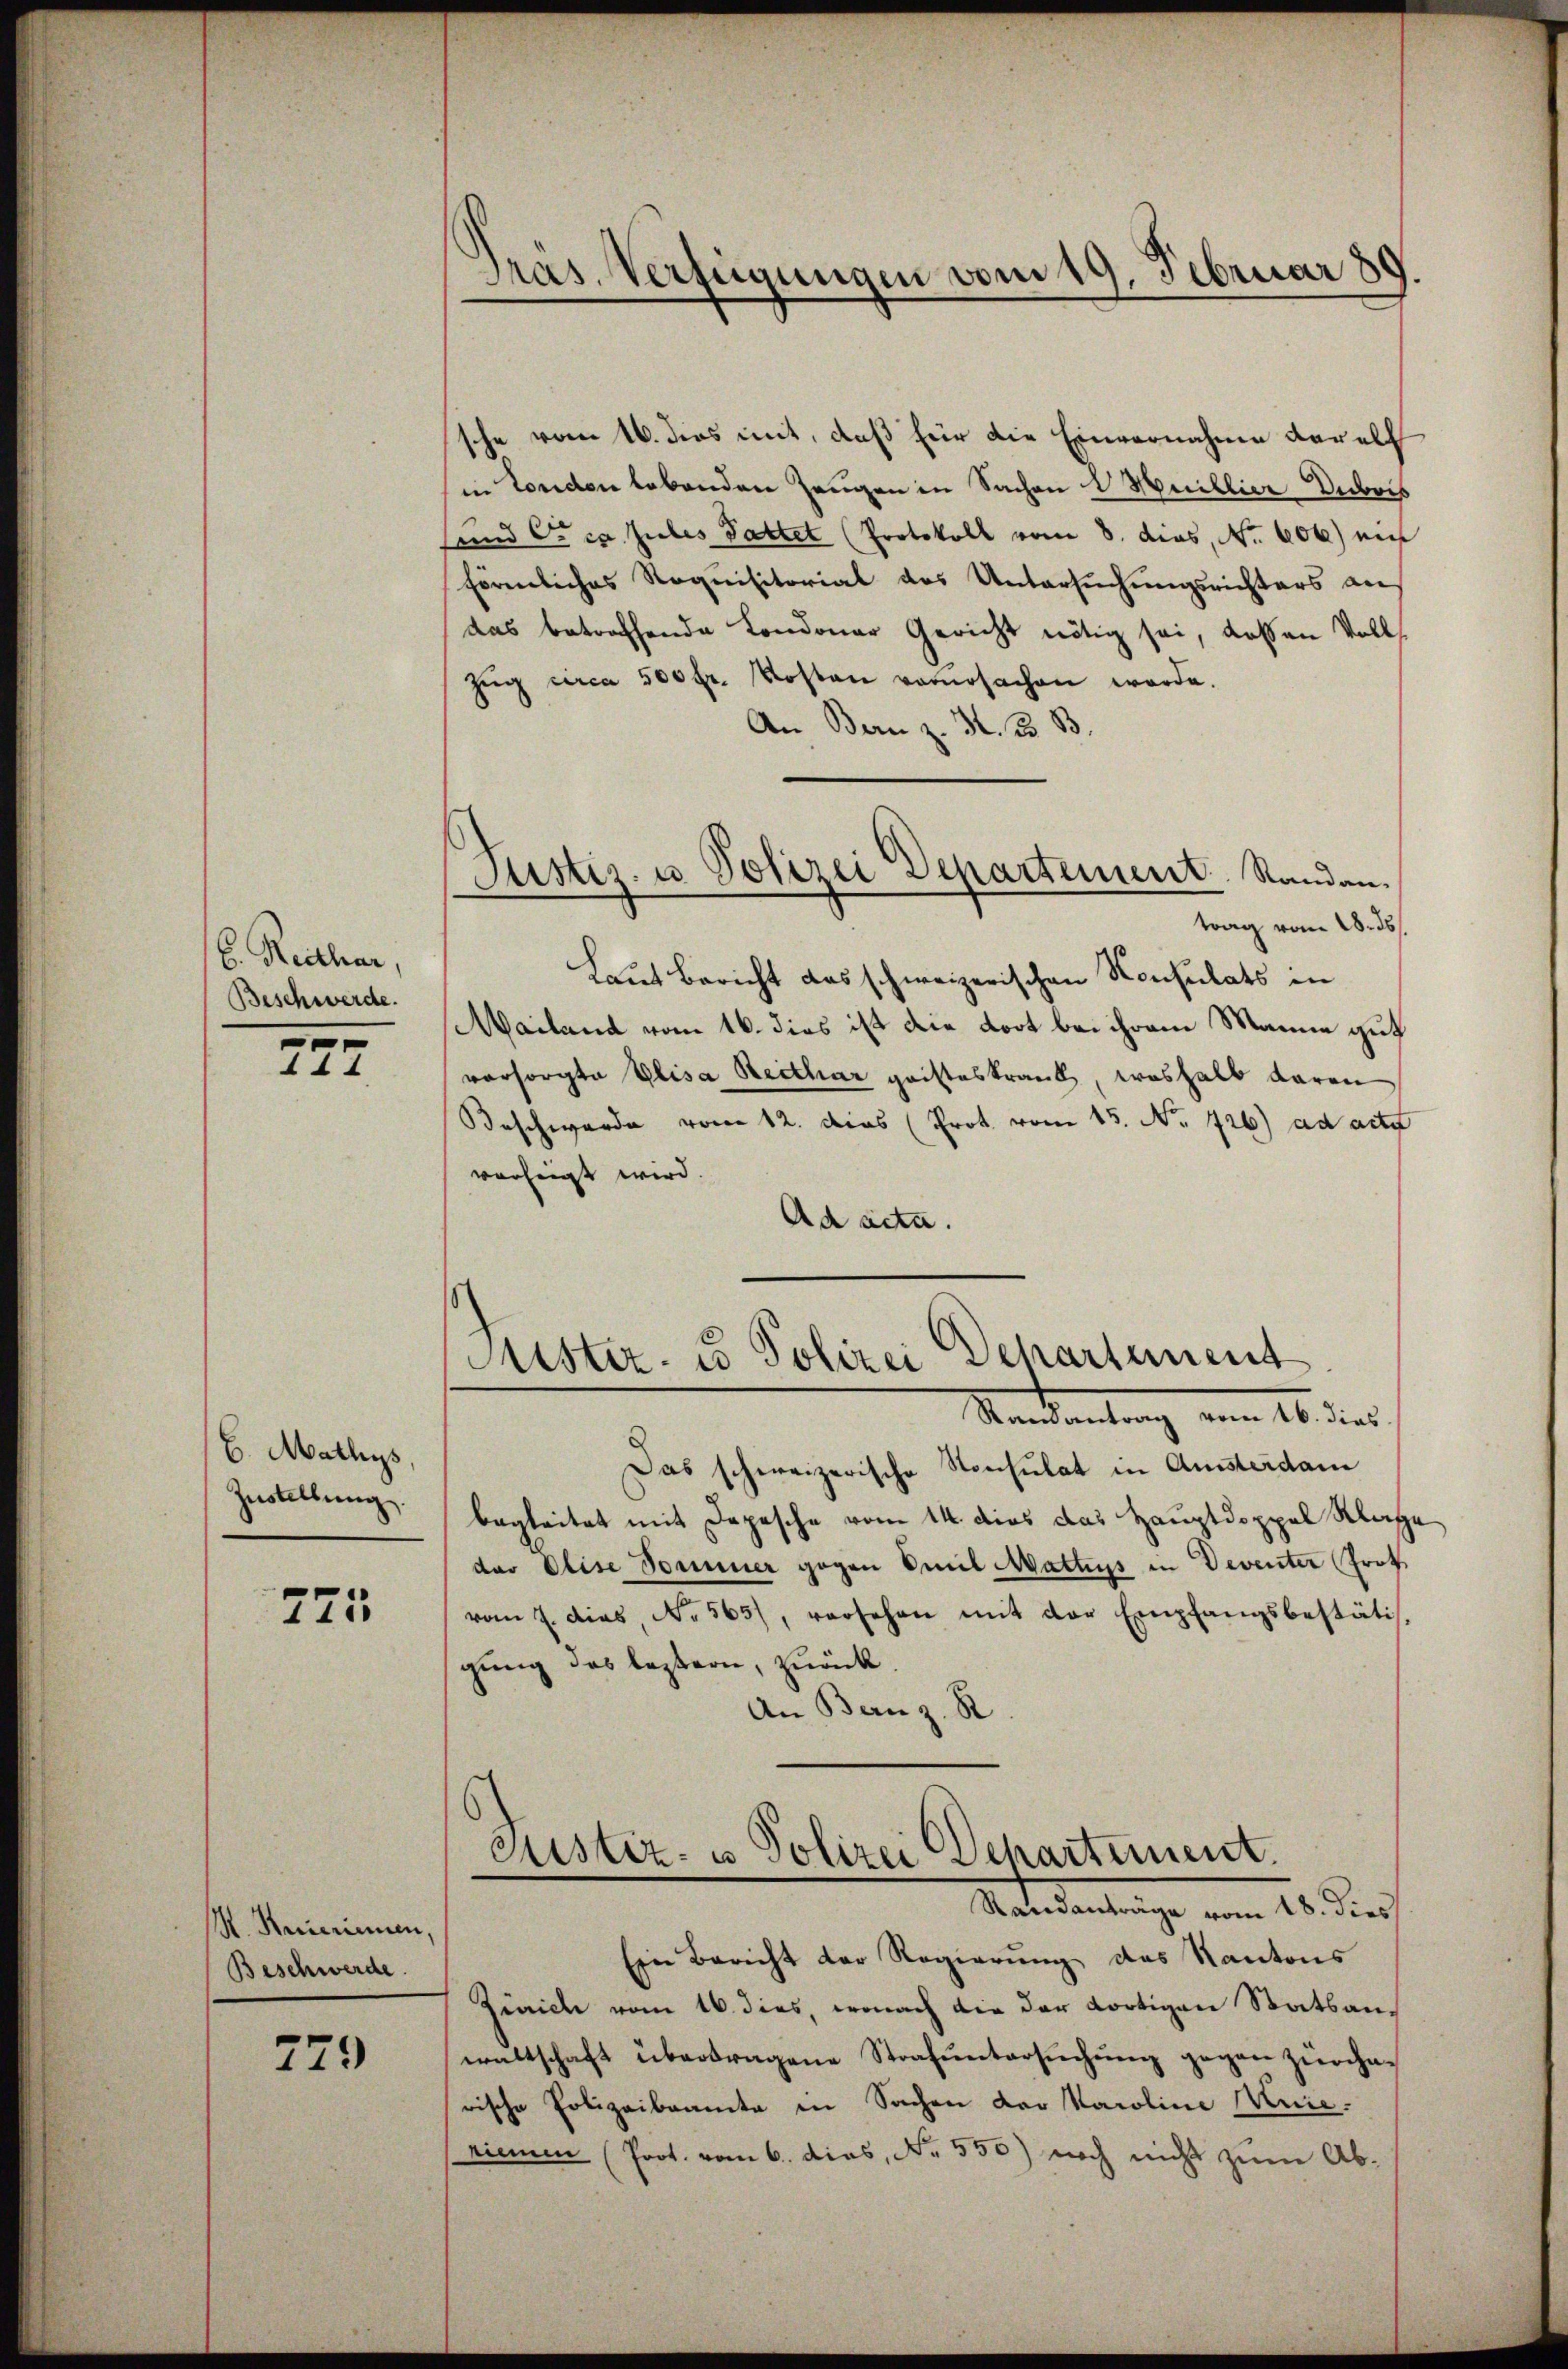
6. Reither,
Beschwerde.

272

6. Mathys,
Zustellung.

775

R. Keinerinnen,
Beschwerde.

779

Pras. Verfügungen vom 19. Februar 80

Pustiz- u. Polizei Departement. Standau.

sche vom 16. dies mit, daß für die Einvernahme darell
in London lebenden Zeugen in Sachen l Millier Dubois
sund C. c. Jules Gattet (Protokoll vom 8. dies, No. 606) mit
förmliches Requisitorial des Untersuchungsrichters an
das betreffende Kondoner Gericht nötig sei, dassen Volks
Zŭg circa 500 fr. Kosten verŭrsachen werde.
An Bern z. H. B. B.
trag vom 18. ds.
Laut Bericht das schweizerischen Konsulats in
Mailand vom 16. dies ist die dort bei ihrem Manne gut
vorsorgte Elisa Reither geisteskrank, weshalb daran
Beschwerde vom 12. dies (Prot vom 15. No. 726) ad acte
vorzeigt wird.
Ad acta.
Mister- u Polizei Departement
Ramantrag vom 16. dies
Das schweizerische Konsulat in Ansterdam
begleitet mit Depesche vom 14. dies das Hauptdoppel Klage
der Elise Sommer gegen Emil Mattius in Deventer (Prot
vom 7. dies, No 565), versehen mit der Empfangsbestätis-
gung des leztern, zurück
An Bern z. R
.
Justiz- u Polizei Departement.
Randanträge vom 18. dies
Ein Bericht der Regierung des Kantons
Zürich vom 16. dies, wonach die der dortigen Statsanwaltschaft übertragene Strafŭntersŭchŭng gegen zürche-
rische Polizeibeamte in Sachen der Karoline Mure.
riemen (Prot. vom 6. dies, Nr. 550) noch nicht zum Ab¬